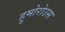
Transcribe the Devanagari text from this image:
हुमोरोउस